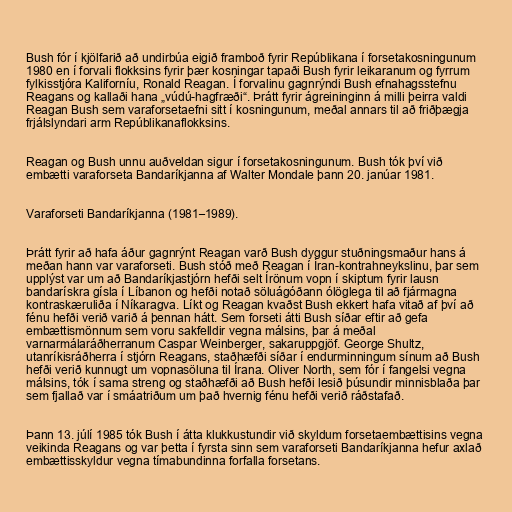
Bush fór í kjölfarið að undirbúa eigið framboð fyrir Repúblikana í forsetakosningunum
1980 en í forvali flokksins fyrir þær kosningar tapaði Bush fyrir leikaranum og fyrrum
fylkisstjóra Kaliforníu, Ronald Reagan. Í forvalinu gagnrýndi Bush efnahagsstefnu
Reagans og kallaði hana „vúdú-hagfræði“. Þrátt fyrir ágreininginn á milli þeirra valdi
Reagan Bush sem varaforsetaefni sitt í kosningunum, meðal annars til að friðþægja
frjálslyndari arm Repúblikanaflokksins.

Reagan og Bush unnu auðveldan sigur í forsetakosningunum. Bush tók því við
embætti varaforseta Bandaríkjanna af Walter Mondale þann 20. janúar 1981.

Varaforseti Bandaríkjanna (1981–1989).

Þrátt fyrir að hafa áður gagnrýnt Reagan varð Bush dyggur stuðningsmaður hans á
meðan hann var varaforseti. Bush stóð með Reagan í Íran-kontrahneykslinu, þar sem
upplýst var um að Bandaríkjastjórn hefði selt Írönum vopn í skiptum fyrir lausn
bandarískra gísla í Líbanon og hefði notað söluágóðann ólöglega til að fjármagna
kontraskæruliða í Níkaragva. Líkt og Reagan kvaðst Bush ekkert hafa vitað af því að
fénu hefði verið varið á þennan hátt. Sem forseti átti Bush síðar eftir að gefa
embættismönnum sem voru sakfelldir vegna málsins, þar á meðal
varnarmálaráðherranum Caspar Weinberger, sakaruppgjöf. George Shultz,
utanríkisráðherra í stjórn Reagans, staðhæfði síðar í endurminningum sínum að Bush
hefði verið kunnugt um vopnasöluna til Írana. Oliver North, sem fór í fangelsi vegna
málsins, tók í sama streng og staðhæfði að Bush hefði lesið þúsundir minnisblaða þar
sem fjallað var í smáatriðum um það hvernig fénu hefði verið ráðstafað.

Þann 13. júlí 1985 tók Bush í átta klukkustundir við skyldum forsetaembættisins vegna
veikinda Reagans og var þetta í fyrsta sinn sem varaforseti Bandaríkjanna hefur axlað
embættisskyldur vegna tímabundinna forfalla forsetans.